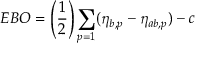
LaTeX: E B O = \left( { \frac { 1 } { 2 } } \right) \sum _ { p = 1 } ( \eta _ { b , p } - \eta _ { a b , p } ) - c